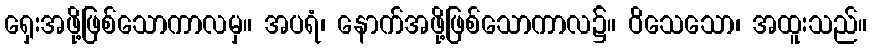
ရှေးအဖို့ဖြစ်သောကာလမှ။ အပရံ၊ နောက်အဖို့ဖြစ်သောကာလ၌။ ဝိသေသော၊ အထူးသည်။